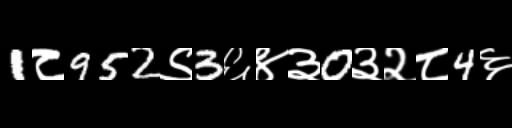
Text: 1८952९3६४३0३२८4६